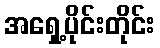
အရှေ့ပိုင်းတိုင်း